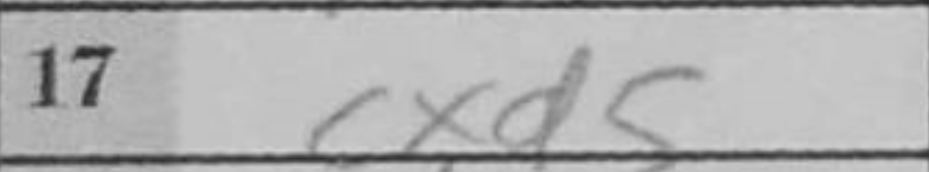
Transcription: cxd5